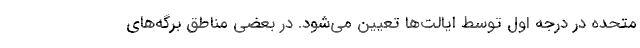
متحده در درجه اول توسط ایالت‌ها تعیین می‌شود. در بعضی مناطق برگه‌های